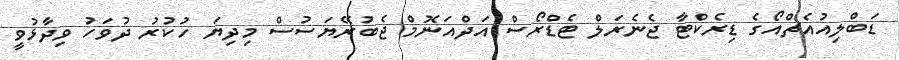
ޑަބްލިއުއެޗްއޯގެ ޑިރެކްޓާ ޖެނެރަލް ޓެޑްރޯސް އަދްއަނޮމް ޖެބުރޭޔަސުސް މިދިޔަ ހުކުރު ދުވަހު ވިދާޅުވީ